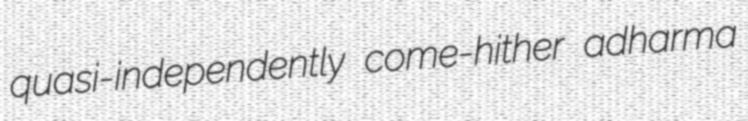
quasi-independently come-hither adharma